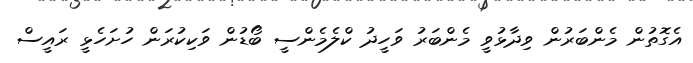
އެގޮތުން މެންބަރުން ވިދާޅުވީ މެންބަރު ވަހީދު ކްލެމެންސީ ބޯޑުން ވަކިކުރަން ހުށަހެޅީ ރައީސް